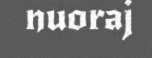
nuoraj